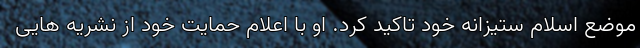
موضع اسلام ستیزانه خود تاکید کرد. او با اعلام حمایت خود از نشریه هایی